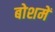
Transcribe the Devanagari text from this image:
बोशमें